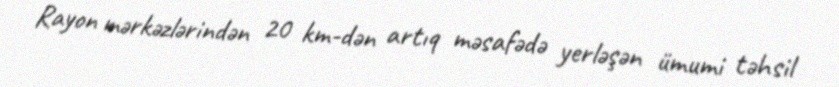
Rayon mərkəzlərindən 20 km-dən artıq məsafədə yerləşən ümumi təhsil